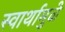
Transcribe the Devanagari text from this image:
स्वार्थामुळे